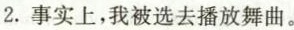
2.事实上,我被选去播放舞曲.